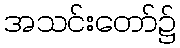
အသင်းတော်၌